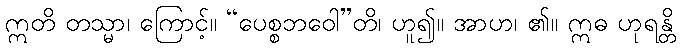
ဣတိ တသ္မာ၊ ကြောင့်။ “ပေစ္စဘဝေါ”တိ၊ ဟူ၍။ အာဟ၊ ၏။ ဣဓ ဟုရန္တိ